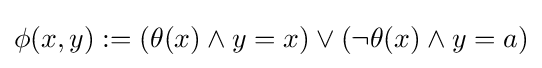
\phi (x,y):=(\theta (x)\land y=x)\lor (\neg \theta (x)\land y=a)